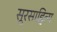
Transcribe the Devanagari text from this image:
सूरसाहित्य